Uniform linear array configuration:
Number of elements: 16
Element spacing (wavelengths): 0.5
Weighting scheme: exponential
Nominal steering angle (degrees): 60
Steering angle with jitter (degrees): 61.503
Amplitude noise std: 0.05
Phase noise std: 0.05

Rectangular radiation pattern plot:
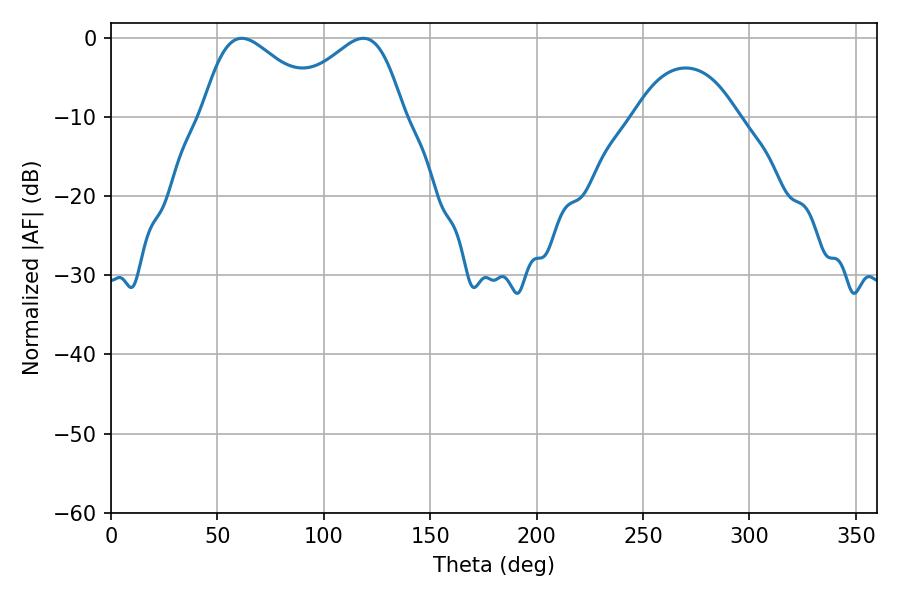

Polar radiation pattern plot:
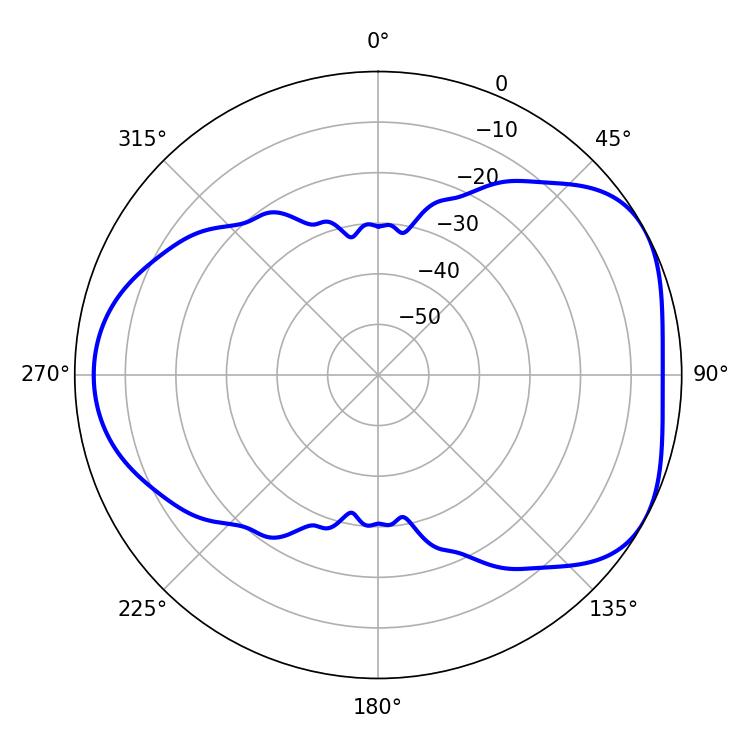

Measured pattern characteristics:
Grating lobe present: FALSE
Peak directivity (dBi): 4.691
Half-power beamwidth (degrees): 30.06
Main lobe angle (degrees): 61.38